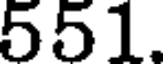
551.